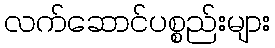
လက်ဆောင်ပစ္စည်းများ